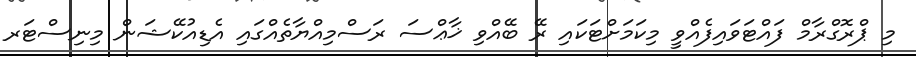
މި ޕްރޮގްރާމް ފައްޓަވައިފެއްވީ މިކަމަށްޓަކައި ރޭ ބޭއްވި ޚާޢްސަ ރަސްމިއްޔާތެއްގައި އެޑިއުކޭޝަން މިނިސްޓަރ